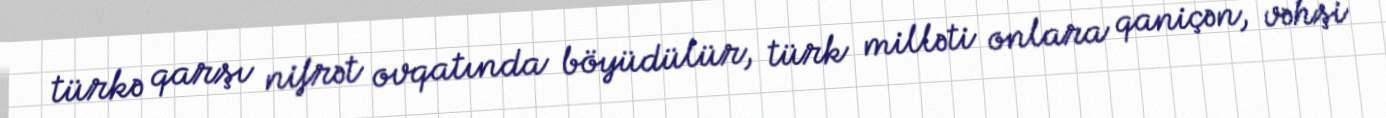
türkə qarşı nifrət ovqatında böyüdülür, türk milləti onlara qaniçən, vəhşi